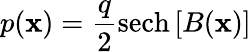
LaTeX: p(\mathbf{x})={\frac{{q}}{{2}}}\mathrm{{sech}}\left[B(\mathbf{x})\right]